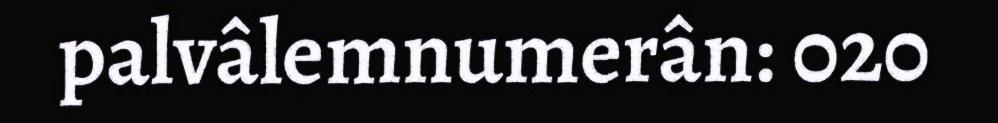
palvâlemnumerân: 020